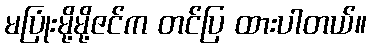
မပြုံးမို့မို့ဇင်က တင်ပြ ထားပါတယ်။